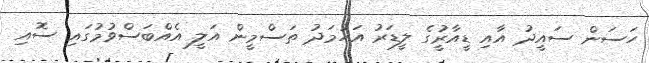
ހަސަން ސައީދު އާއި ޑީއާރުީގެ ލީޑަރު އަހުމަދު ތަސްމީން އަލީ އެއްބަސްވުމުގައި ސޮއި